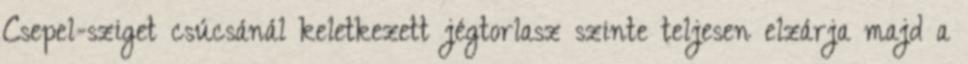
Csepel-sziget csúcsánál keletkezett jégtorlasz szinte teljesen elzárja majd a